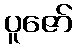
ပူဇော်